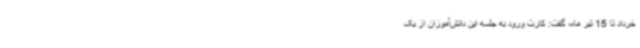
خرداد تا 15 تیر ماه، گفت: کارت ورود به جلسه این دانش‌آموزان از یک